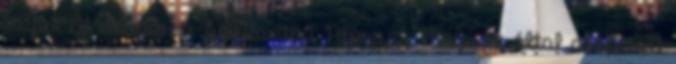
adjuk át először a Szabadtéri Néprajzi Múzeum által alapított